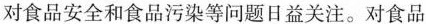
对食品安全和食品污染等问题日益关注。对食品